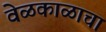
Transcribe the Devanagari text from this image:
वेळकाळाचा